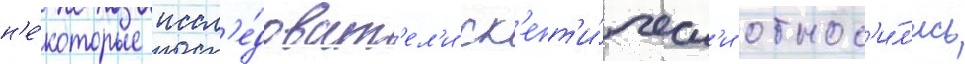
н'е́которые иссл'е́доват'ел'и ск'епт'и́ческ'и относ'и́л'ись